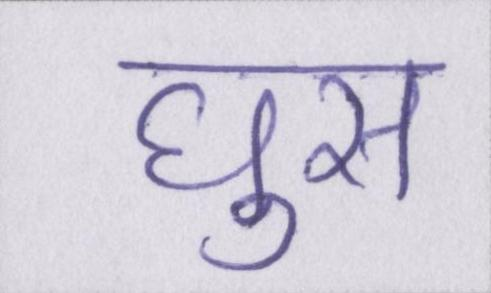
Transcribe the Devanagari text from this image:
घुस